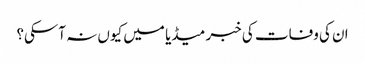
ان کی وفات کی خبر میڈیا میں کیوں نہ آسکی؟